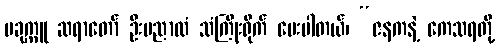
ပခုက္ကူ ဆရာတော် ဦးပညာထံ သံကြိုးရိုက် မေးပါတယ်၊ “ဇနကနဲ့ ကေသရတို့